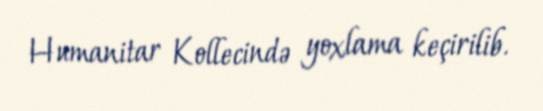
Humanitar Kollecində yoxlama keçirilib.